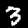
Digit: 3